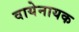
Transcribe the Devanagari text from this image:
वायेनायक